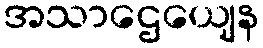
အသာဌေယျေန